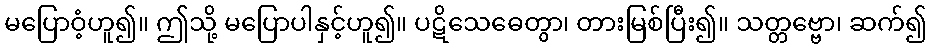
မပြောဝံ့ဟူ၍။ ဤသို့ မပြောပါနှင့်ဟူ၍။ ပဋိသေဓေတွာ၊ တားမြစ်ပြီး၍။ သတ္တဗ္ဗော၊ ဆက်၍